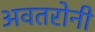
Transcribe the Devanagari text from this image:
अवतरोनी